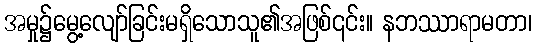
အမှု၌မွေ့လျော်ခြင်းမရှိသောသူ၏အဖြစ်၎င်း။ နဘဿာရာမတာ၊